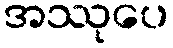
အဿုပေ